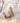
أنا